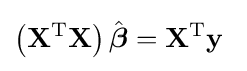
\left(\mathbf {X} ^{\operatorname {T} }\mathbf {X} \right){\hat {\boldsymbol {\beta }}}=\mathbf {X} ^{\operatorname {T} }\mathbf {y} \